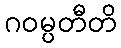
ဂဝမ္ပတီတိ